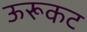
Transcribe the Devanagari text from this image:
ऊरूकट